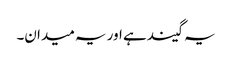
یہ گیند ہے اور یہ میدان۔